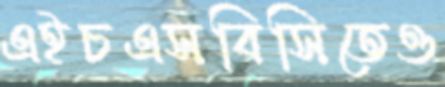
এইচএসবিসিতেও